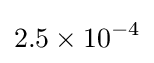
2.5\times 10^{-4}